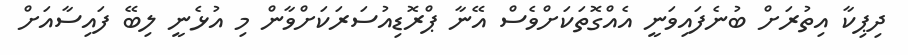
ދިޕިކާ އިތުރަށް ބުނެފައިވަނީ އެއްގޮތަކަށްވެސް އޭނާ ޕްރޮޑިއުސަރަކަށްވާން މި އުޅެނީ ލިބޭ ފައިސާއަށް